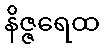
နိဇ္ဇရေထ